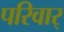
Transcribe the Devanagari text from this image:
परिवार्